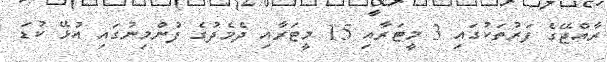
ރާއްޖޭގެ ފަރުތަކުގައި 3 މީޓަރާއި 15 މީޓަރާއި ދެމެދުގެ ފުންމިނުގައި އުޅޭ ކުޑަ